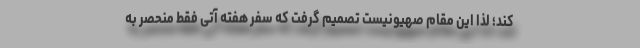
کند؛ لذا این مقام صهیونیست تصمیم گرفت که سفر هفته آتی فقط منحصر به